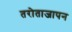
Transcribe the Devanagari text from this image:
तरोताजापन